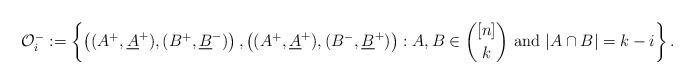
LaTeX: \begin{align*}\mathcal{O}^-_i := \left\{ \left((A^+,\underline{A}^+),(B^+,\underline{B}^-)\right), \left((A^+,\underline{A}^+),(B^-,\underline{B}^+)\right): A,B\in \binom{[n]}{k} \mbox{ and } |A\cap B| = k-i \right\}.\end{align*}